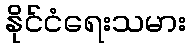
နိုင်ငံရေးသမား